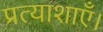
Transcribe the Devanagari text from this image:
प्रत्याशाएँ।